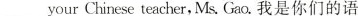
___yourChinese teacher,Ms.Gao.我是你们的语